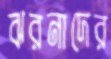
ঝরনাদের